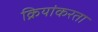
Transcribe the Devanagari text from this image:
क्रियांकरता